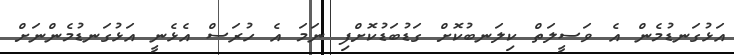
އަޅުގަނޑުމެން އެ ވަސީލަތް ކިލަނބުކޮށް ގަޑުބަޑުކޮށްފި ނަމަ އެ ހުރަސް އެޅެނީ އަޅުގަނޑުމެންނަށް